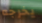
يخرجه